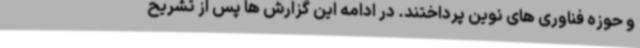
و حوزه فناوری های نوین پرداختند. در ادامه این گزارش ها پس از تشریح